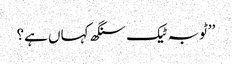
’’ٹوبہ ٹیک سنگھ کہاں ہے؟